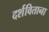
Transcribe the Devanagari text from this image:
दर्शविताना